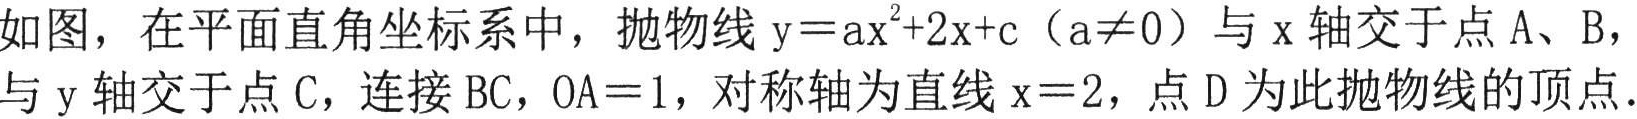
如图，在平面直角坐标系中，抛物线\(y = ax^{2}+2x + c\)（\(a\neq0\)）与\(x\)轴交于点\(A、B\)，与\(y\)轴交于点\(C\)，连接\(BC\)，\(OA = 1\)，对称轴为直线\(x = 2\)，点\(D\)为此抛物线的顶点.